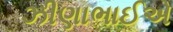
ઝીણાભાઈએ